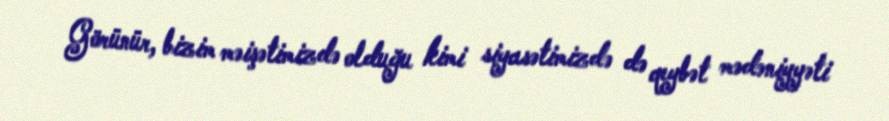
Görünür, bizim məişətimizdə olduğu kimi siyasətimizdə də qeybət mədəniyyəti